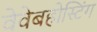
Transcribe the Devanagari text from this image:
वेवेबहोस्टिंग